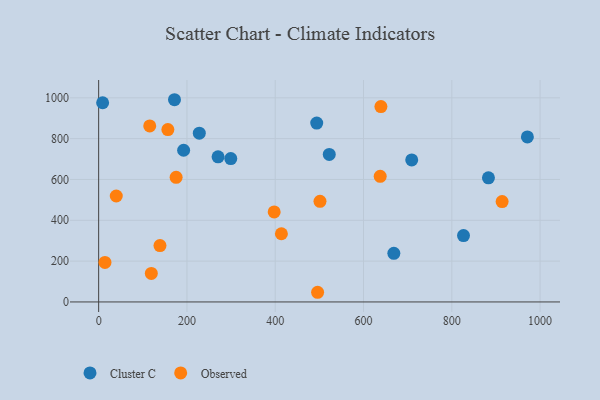
{"axis": {"x": "Engine Size", "y": "Exam Score"}, "legend": ["Cluster C", "Observed"], "data": [{"x": "971.2", "y": 808.6, "type": "Cluster C"}, {"x": "299.3", "y": 702.1, "type": "Cluster C"}, {"x": "494.0", "y": 876.0, "type": "Cluster C"}, {"x": "9.0", "y": 975.9, "type": "Cluster C"}, {"x": "171.8", "y": 990.6, "type": "Cluster C"}, {"x": "709.2", "y": 695.5, "type": "Cluster C"}, {"x": "883.0", "y": 607.9, "type": "Cluster C"}, {"x": "228.0", "y": 826.9, "type": "Cluster C"}, {"x": "826.5", "y": 325.2, "type": "Cluster C"}, {"x": "522.4", "y": 722.6, "type": "Cluster C"}, {"x": "270.5", "y": 710.9, "type": "Cluster C"}, {"x": "192.5", "y": 743.1, "type": "Cluster C"}, {"x": "668.7", "y": 238.3, "type": "Cluster C"}, {"x": "175.5", "y": 610.4, "type": "Observed"}, {"x": "14.3", "y": 193.4, "type": "Observed"}, {"x": "119.3", "y": 139.5, "type": "Observed"}, {"x": "639.4", "y": 957.2, "type": "Observed"}, {"x": "501.4", "y": 493.0, "type": "Observed"}, {"x": "39.9", "y": 519.1, "type": "Observed"}, {"x": "138.9", "y": 276.4, "type": "Observed"}, {"x": "637.8", "y": 615.6, "type": "Observed"}, {"x": "414.0", "y": 334.0, "type": "Observed"}, {"x": "914.0", "y": 491.7, "type": "Observed"}, {"x": "156.8", "y": 844.3, "type": "Observed"}, {"x": "115.7", "y": 862.4, "type": "Observed"}, {"x": "397.6", "y": 441.1, "type": "Observed"}, {"x": "496.0", "y": 47.4, "type": "Observed"}]}